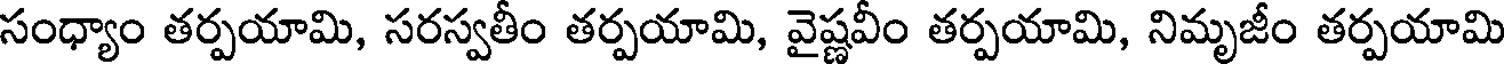
సంధ్యాం తర్పయామి, సరస్వతీం తర్పయామి, వైష్ణవీం తర్పయామి, నిమృజీం తర్పయామి